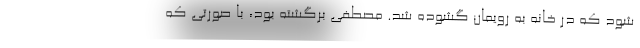
شود که درِ خانه به رویمان گشوده شد. مصطفی برگشته بود، با صورتی که